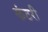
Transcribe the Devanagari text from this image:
कंटरी